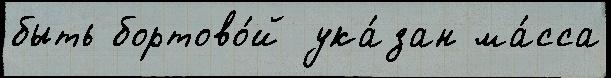
быть бортово́й ука́зан ма́сса